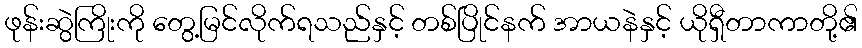
ဖုန်းဆွဲကြိုးကို တွေ့မြင်လိုက်ရသည်နှင့် တစ်ပြိုင်နက် အာယနဲနှင့် ယိုရှီတာကာတို့၏